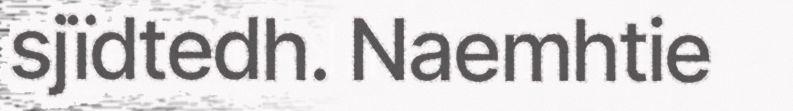
sjïdtedh. Naemhtie